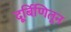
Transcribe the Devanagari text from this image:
दूर्बिणितून